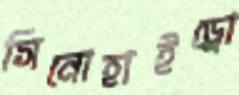
সিনোহাইড্রো